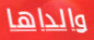
والداها